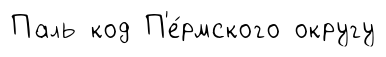
Паль код П'е́рмского округу